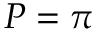
P = \pi